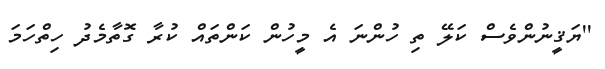
''ޔަޤީނުންވެސް ކަލޭ ތި ހުންނަ އެ މީހުން ކަންތައް ކުރާ ގޮތާމެދު ހިތްހަމަ